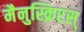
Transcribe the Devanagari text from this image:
मैनुस्क्रिप्टस्‌